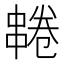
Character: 𫡌